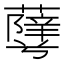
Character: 𱾹